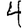
Digit: 4